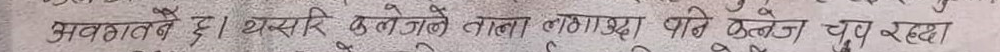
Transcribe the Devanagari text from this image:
अवकातब है। यसरी कलेजे ताला लगाए पनि कतै चुप रहुन